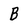
Character: B